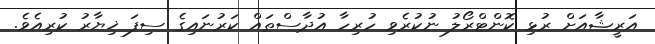
އަރީޝާއަށް ރުޅި ކޮންޓްރޯލު ނުކުރެވި ހުރިހާ އުދާސްތައް ކަރުނައިގެ ސިފަ ޚިޔާރު ކުރިއެވެ.